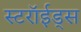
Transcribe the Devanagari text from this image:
स्टरॉईड्स